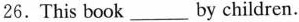
26.This book___by children.